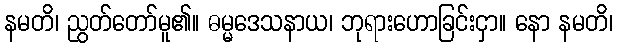
နမတိ၊ ညွတ်တော်မူ၏။ ဓမ္မဒေသနာယ၊ ဘုရားဟောခြင်းငှာ။ နော နမတိ၊